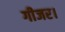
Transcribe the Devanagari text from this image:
गीजर।